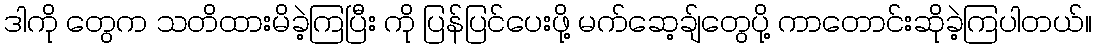
ဒါကို တွေက သတိထားမိခဲ့ကြပြီး ကို ပြန်ပြင်ပေးဖို့ မက်ဆေ့ချ်တွေပို့ ကာတောင်းဆိုခဲ့ကြပါတယ်။